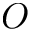
{ \cal O }